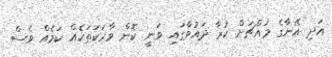
އަދި އޭނާގެ މައްޗަށް ކުރާ ދައުވާގައި ވަނީ ކޮން ވާހަކަތަކެއް ކަމެއް ވެސް